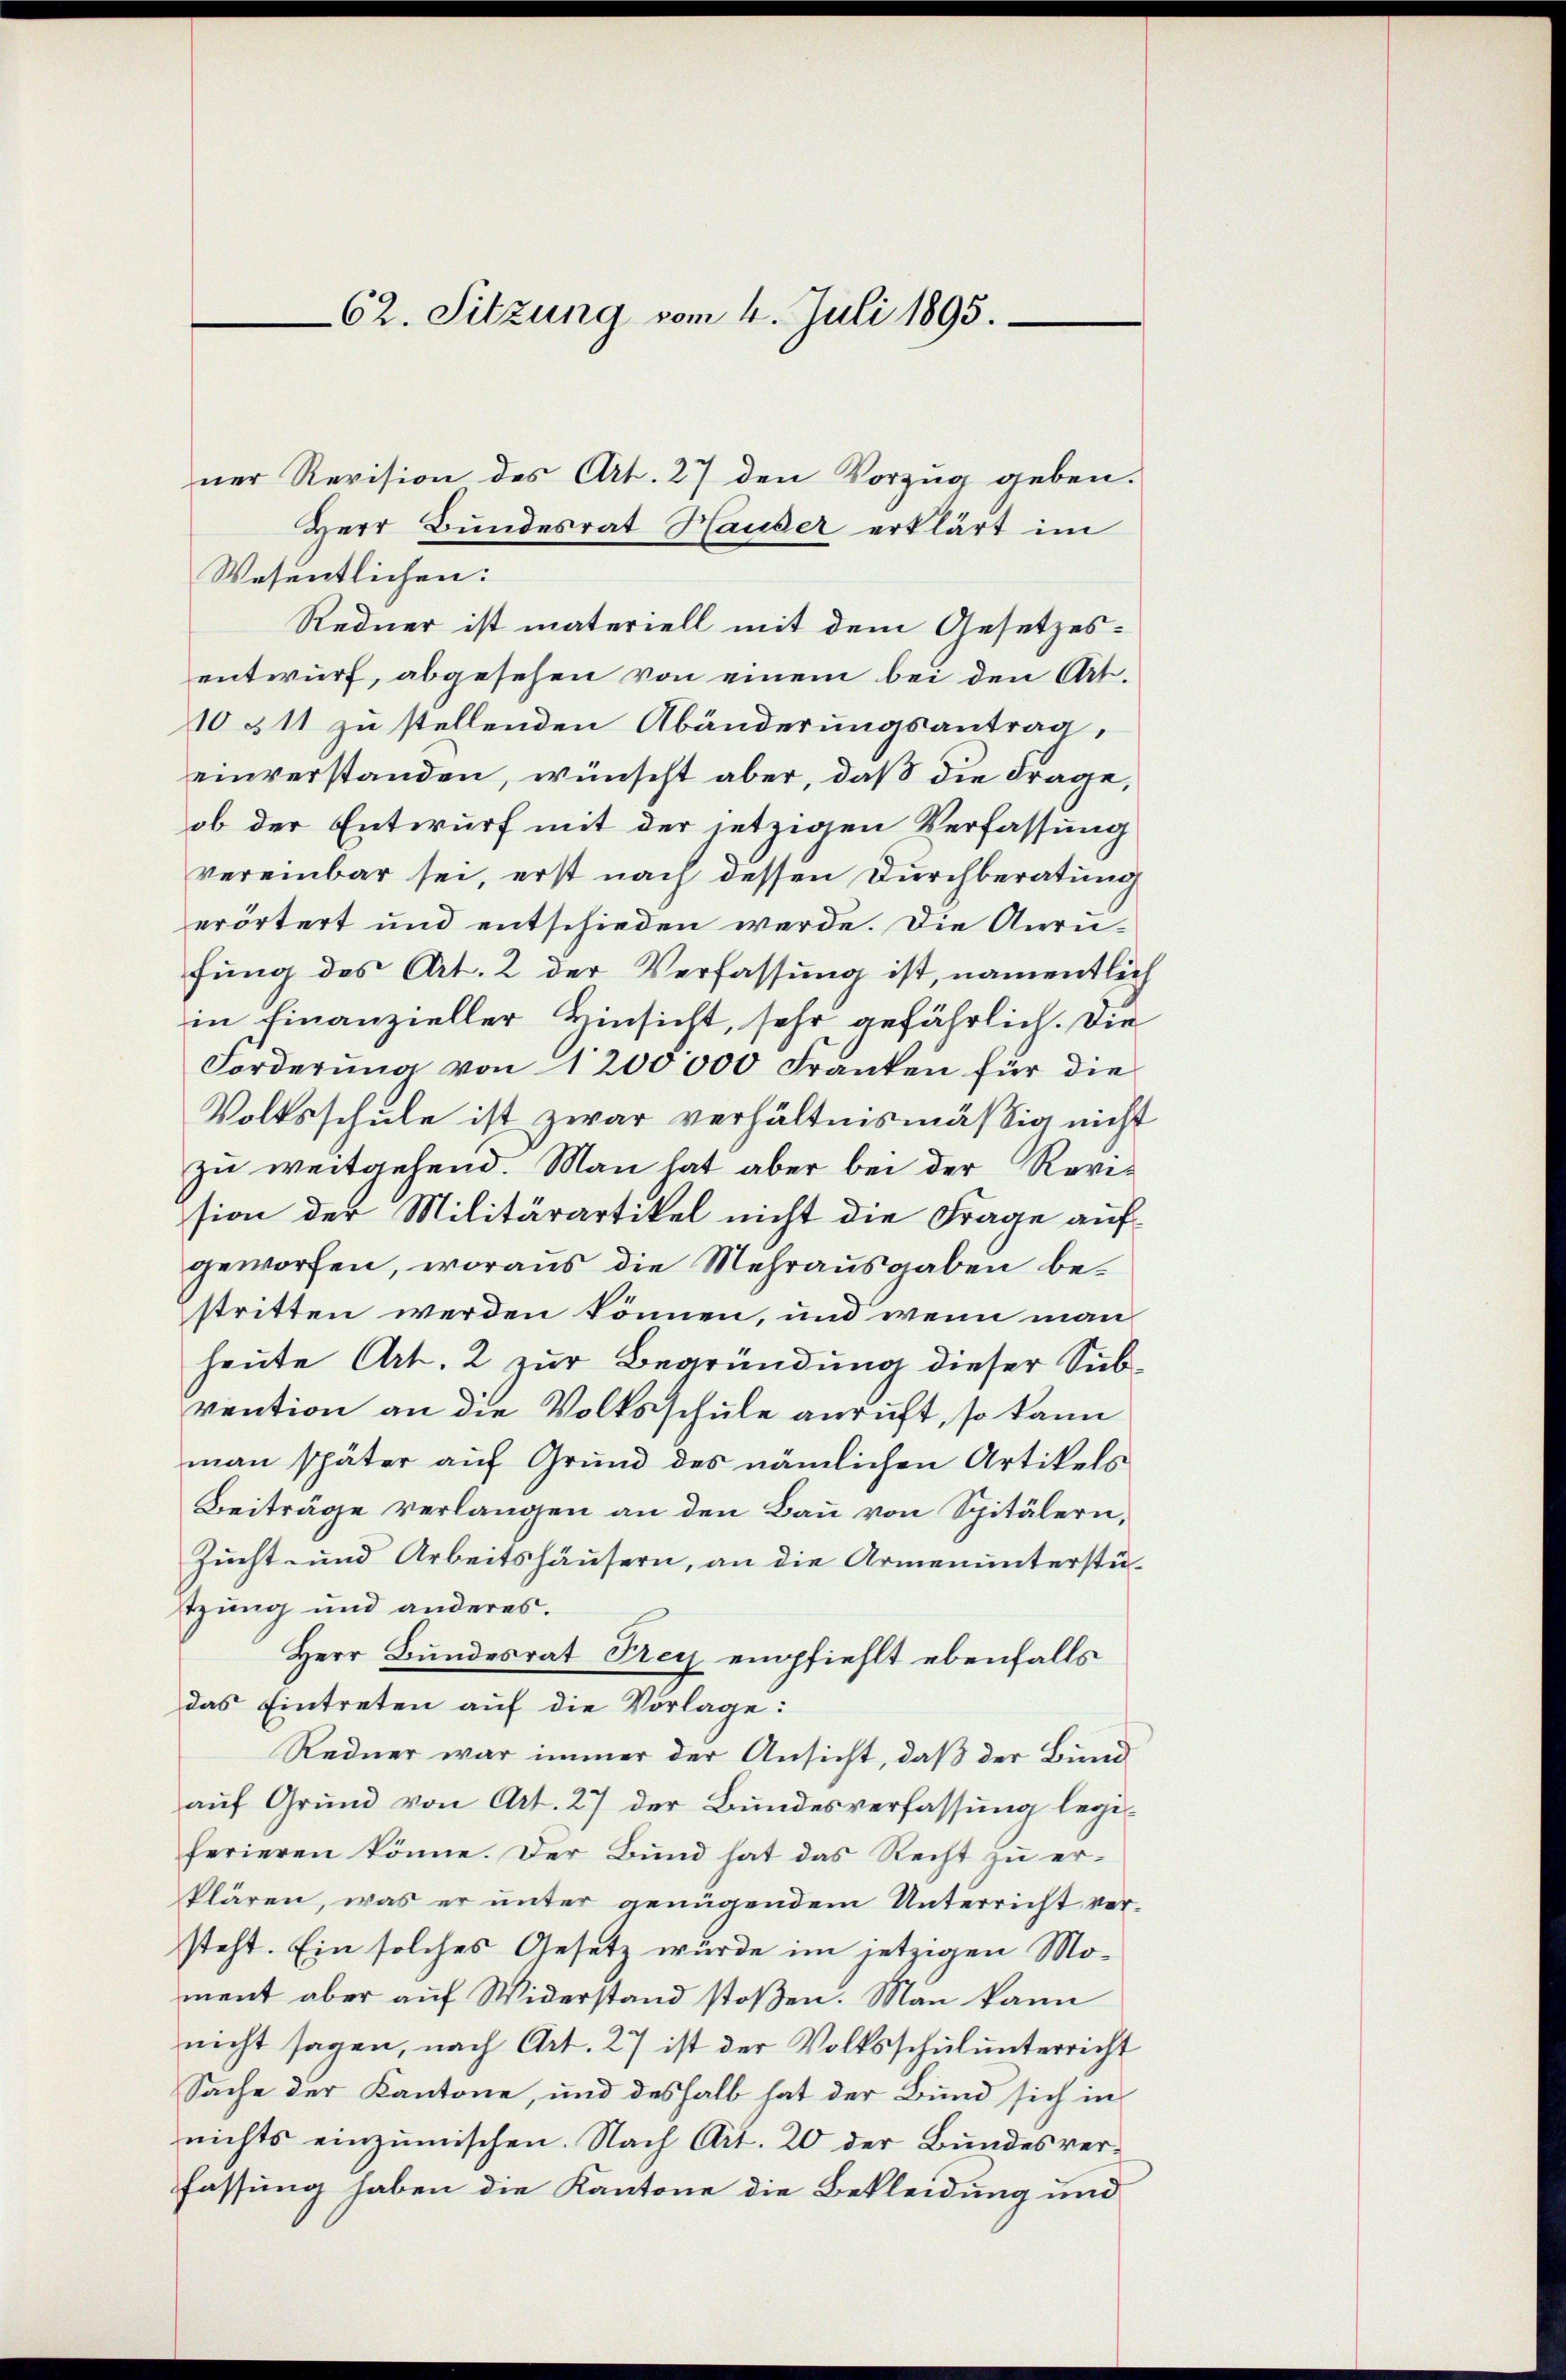
62. Sitzung vom 4. Juli 1895.
ner Revision des Art. 27 den Vorzug geben.
Herr Bundesrat Hauser erklärt im

Wesentlichen:
Redner ist materiell mit dem Gesetzesentwurf, abgesehen von einem bei den Art.
10 511 zu stellenden Abänderungsantrag,
einverstanden, wünscht aber, daß die Frage,
ob der Entwurf mit der jetzigen Verfassung
vereinbar sei, erst nach dessen Durchberatung
erörtert und entschieden werde. Die Anrufung des Art. 2 der Verfassung ist, namentlich
in Finanzieller Hinsicht, sehr gefährlich. Die
Forderung von 1200000 Franken für die
Volksschule ist zwar verhältnismäßig nicht
zu weitgehend. Man hat aber bei der Revision der Militärartikel nicht die Frage aufgeworfen, woraus die Mehrausgaben bestritten werden können, und wenn man
heute Art. 2 zur Begründung dieser Subvention an die Volksschule anruft, so kann
man später auf Grund des nämlichen Artikels
Beiträge verlangen an den Bau von Spitälern,
Zucht- und Arbeitshäusern, an die Armenunterstützung und anderes.
Herr Bundesrat Frey empfiehlt ebenfalls
das Eintreten auf die Vorlage:
Redner war immer der Ansicht, daß der Bund
aŭf Grund von Art. 27 der Bundesverfassung legiferieren könne. Der Bund hat das Recht zu erklären, was er unter genügendem Unterricht ver-
steht. Ein solches Gesetz würde im jetzigen Moment aber auf Widerstand stoßen. Man kann
nicht sagen, nach Art. 27 ist der Volksschulunterricht
Sache der Kantone, und deshalb hat der Bund sich in
nichts einzumischen. Nach Art. 20 der Bundesverfassung haben die Kantone die Bekleidung und